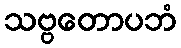
သဗ္ဗတောပဘံ